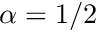
\alpha = 1 / 2